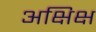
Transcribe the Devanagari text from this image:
अक्षिक्ष